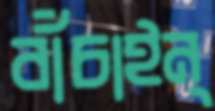
বাঁচাইন্